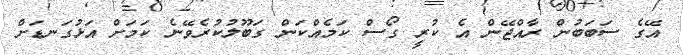
އޭގެ ސަބަބުން ރާއްޖޭން އެ ކުރީ ގޯސް ކަމެއްކަން ގަބޫލުކުރެވޭނެ ކަމަށް އަޅުގަނޑަށް